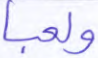
ولعبا